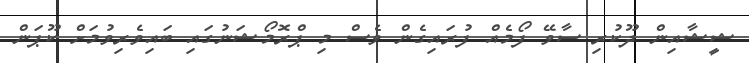
ޝީޝާއިން ދޫކުރި ސާވޭ ފޯމެއް ފުރައިގެން ވެސް މި ޕްރޮމޯޝަނުގައި ބައިވެރިވުމަށް ކޫޕަން